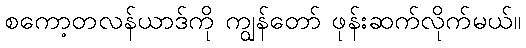
စကော့တလန်ယာဒ်ကို ကျွန်တော် ဖုန်းဆက်လိုက်မယ်။